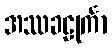
အဿခဠုင်္ကာ